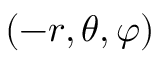
( - r , \theta , \varphi )